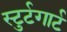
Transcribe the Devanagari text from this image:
स्टुर्टगार्ट